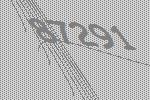
87291